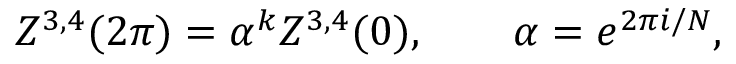
Z ^ { 3 , 4 } ( 2 \pi ) = \alpha ^ { k } Z ^ { 3 , 4 } ( 0 ) , \qquad \alpha = e ^ { 2 \pi i / N } ,